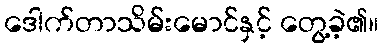
ဒေါက်တာသိမ်းမောင်နှင့် တွေ့ခဲ့၏။